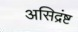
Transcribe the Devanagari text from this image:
असिद्रंष्ट